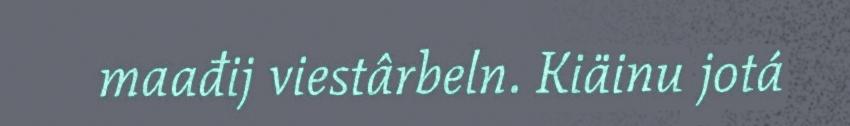
maađij viestârbeln. Kiäinu jotá